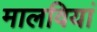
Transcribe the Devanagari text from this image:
मालवियां